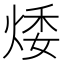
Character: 𤉦